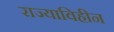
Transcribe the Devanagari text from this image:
राज्याविहीन